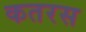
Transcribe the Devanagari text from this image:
कतरस